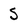
Character: S